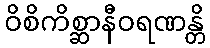
ဝိစိကိစ္ဆာနီဝရဏန္တိ